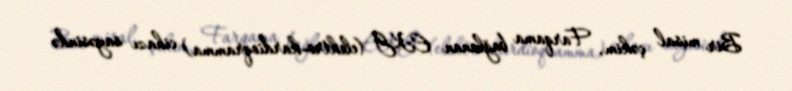
Bir misal çəkim, Farqama bağlanan EKG (elektro-kardioqramma) cihazı sayəsində